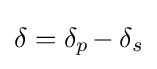
\delta =\delta _{p\!}-\delta _{s}